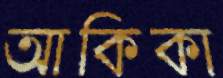
আকিকা